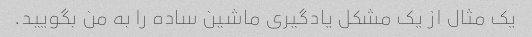
یک مثال از یک مشکل یادگیری ماشین ساده را به من بگویید.